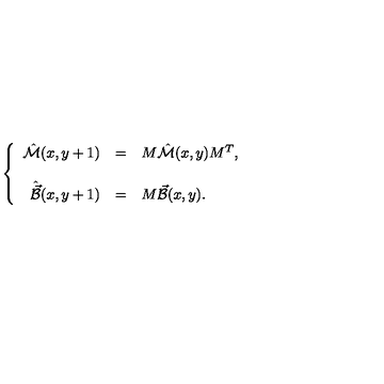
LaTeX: \left\{ \begin{array} { r c l } { \hat { \cal M } ( x , y + 1 ) } & { = } & { M \hat { \cal M } ( x , y ) M ^ { T } , } \\ { } & { } & { } \\ { \hat { \vec { \cal B } } ( x , y + 1 ) } & { = } & { M \vec { \cal B } ( x , y ) . } \\ \end{array} \right.